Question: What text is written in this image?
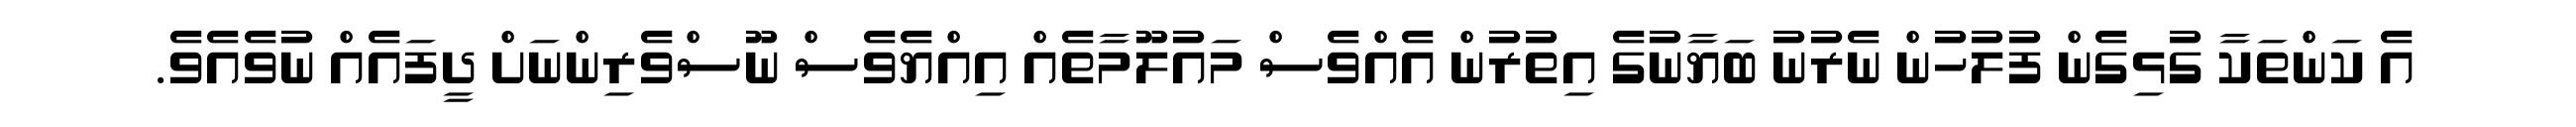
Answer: އެ ކަންތަކާ ގުޅިގެން ފުލުހުން ނެރުނު ބަޔާނުގެ އިތުރުން އެއްވެސް މައުލޫމާތެއް އިއްޔެވެސް ނޫސްވެރިންނަށް ދީފައެއް ނުވެއެވެ.